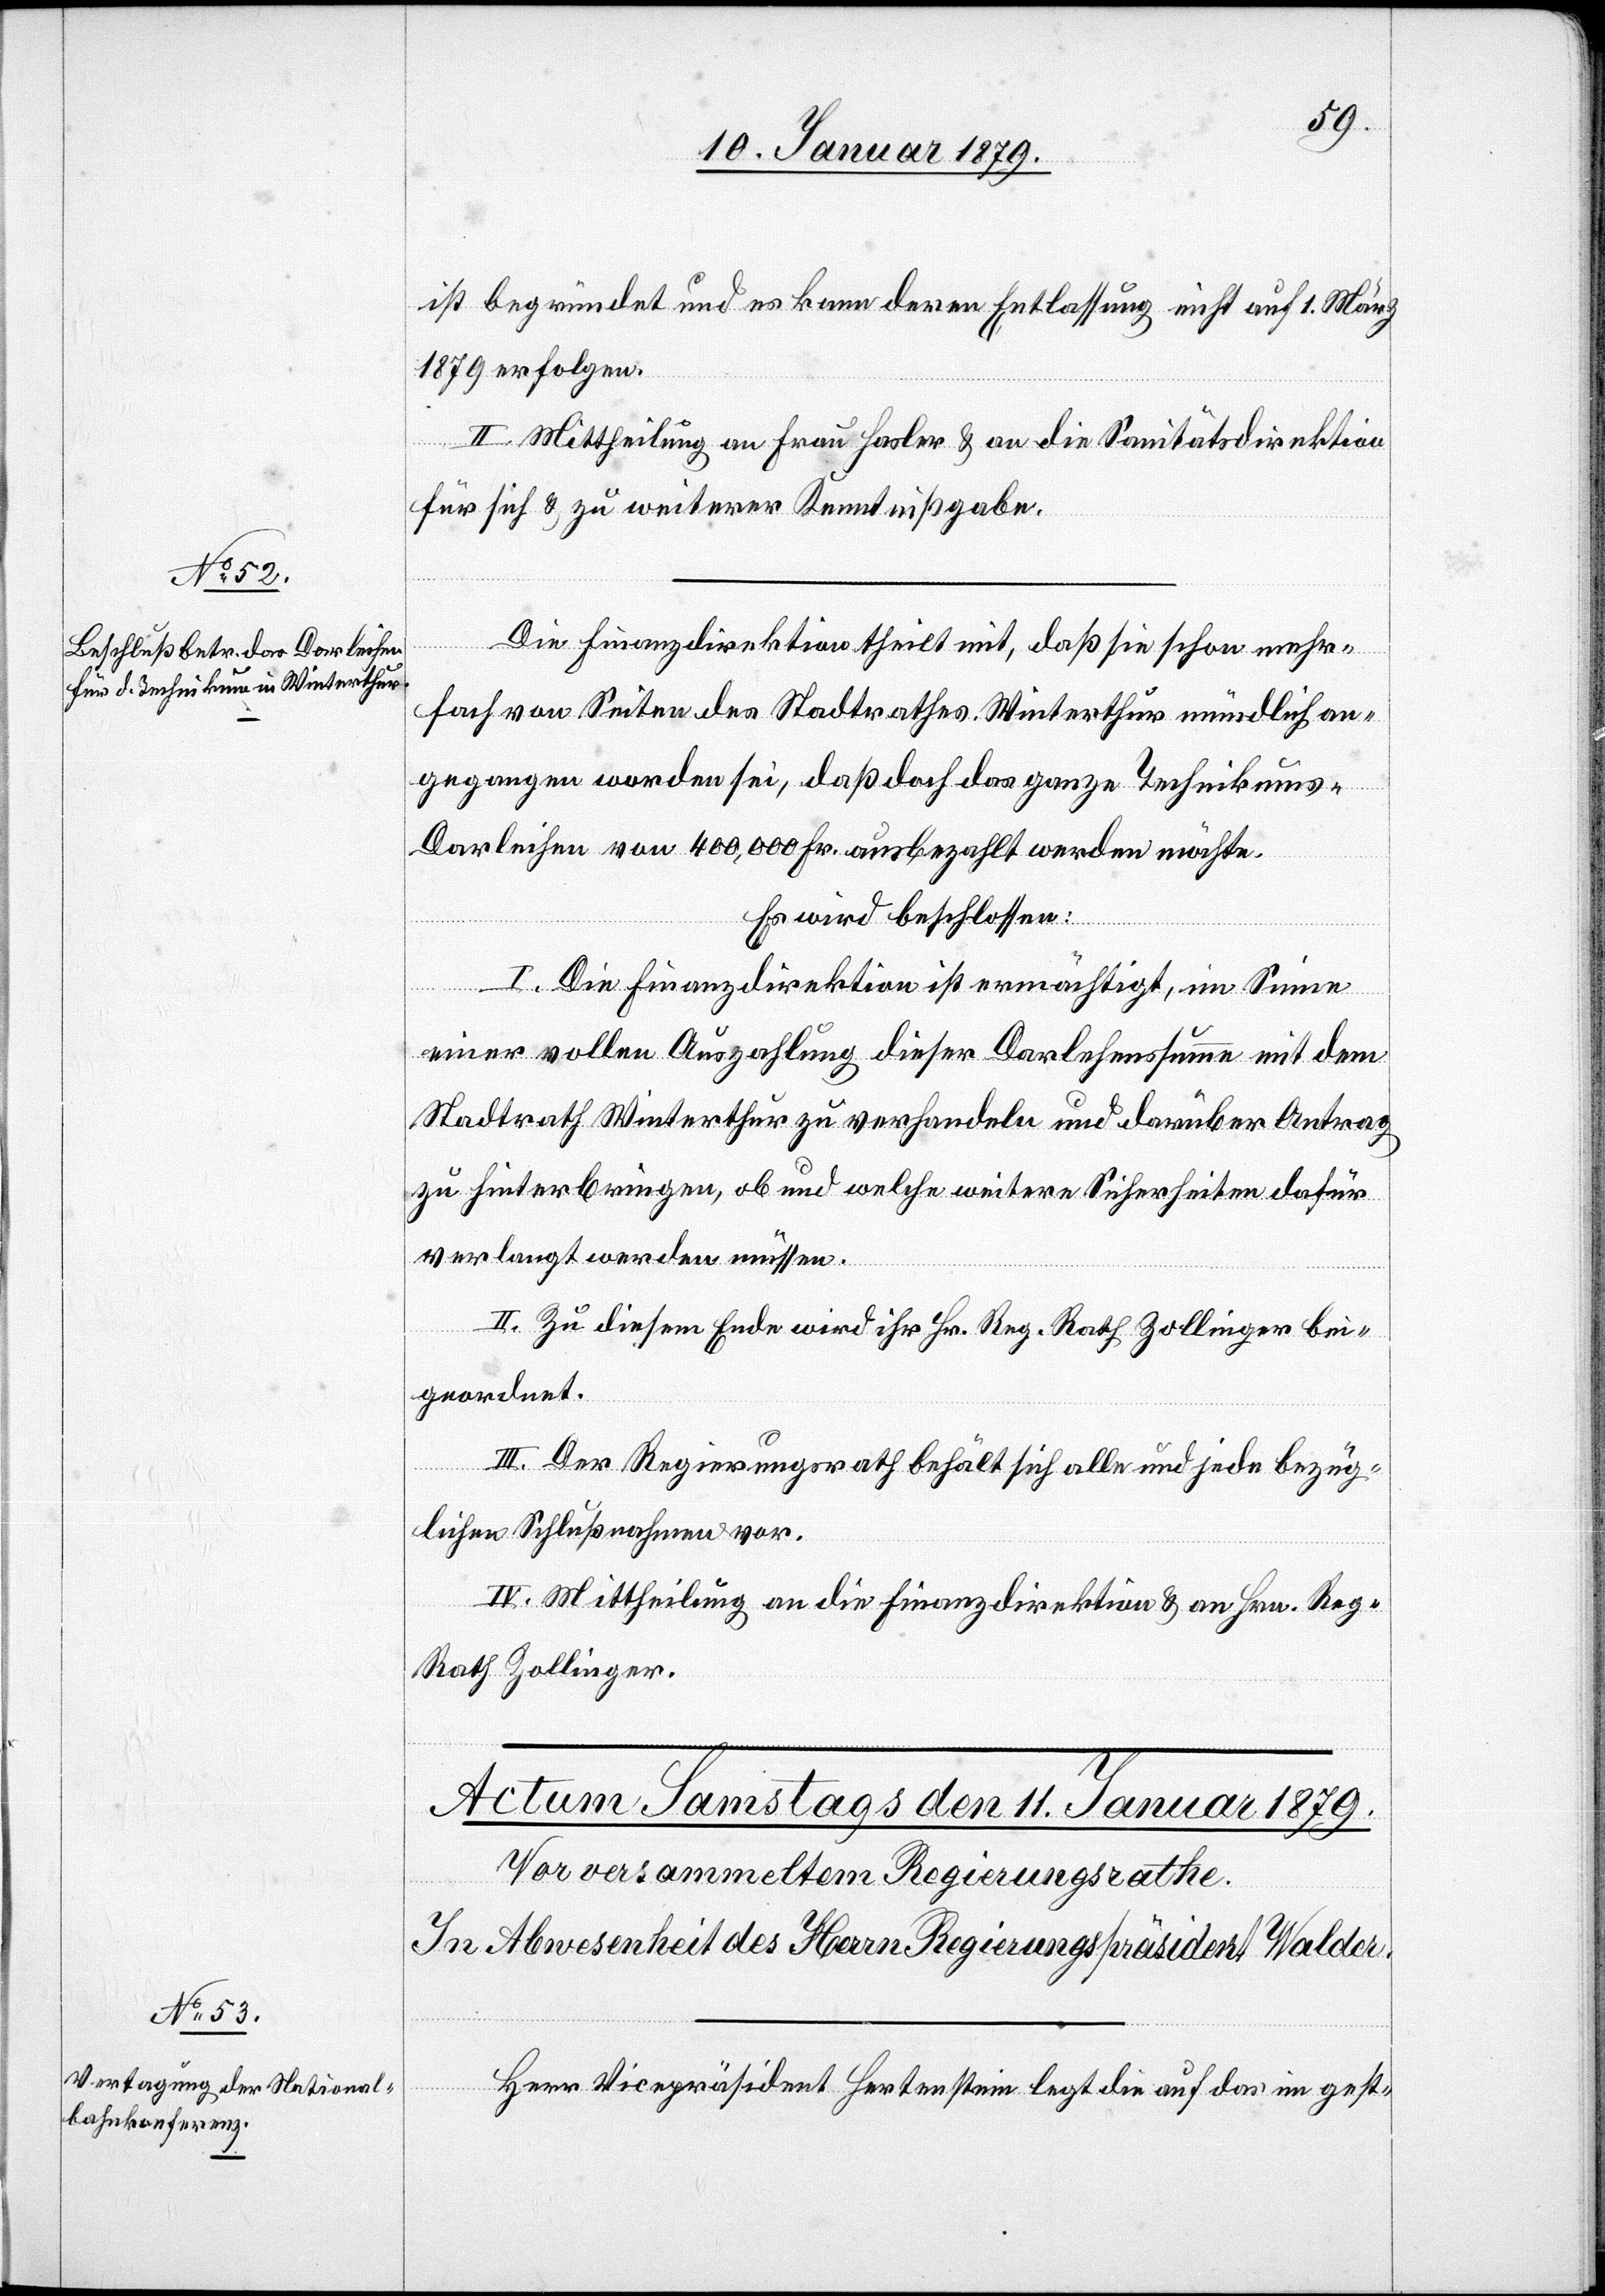
ist begründet und es kann deren Entlassung nicht auf den
1879 erfolgen.
II. Mittheilung an Frau Hasler & an die Sanitätsdirektion
für sich & zu weiterer Kenntnißgabe.
Die Finanzdirektion theilt mit, daß sie schon mehr¬
fach von Seiten des Stadtrathes Winterthur mündlich an¬
gegangen worden sei, daß doch das ganze Technikums-D¬
arleihen von 400,000 Fr. ausbezahlt werden möchte.
Es wird beschlossen:
I. Die Finanzdirektion ist ermächtigt, im Sinne
einer vollen Auszahlung dieser Darlehenssumme mit dem
Stadtrath Winterthur zu verhandeln und darüber Antrag
zu hinterbringen, ob und welche weitern Sicherheiten dafür
verlangt werden müssen.
II. Zu diesem Ende wird ihr Hr. Reg. Rath Zollinger bei¬
geordnet.
III. Der Regierungsrath behält sich alle und jede bezüg¬
liche Schlußnahme vor.
IV. Mittheilung an die Finanzdirektion & an Hrn. Re¬
g-Rath Zollinger.
Herr Vicepräsident Hertenstein legt die auf das im gest-